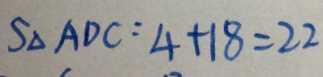
S _ { \Delta } A D C : 4 + 1 8 = 2 2